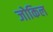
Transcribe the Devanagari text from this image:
जोकिल